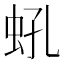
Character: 𧉔